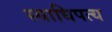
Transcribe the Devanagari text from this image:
स्वाधिपत्य